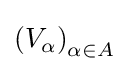
\left(V_{\alpha }\right)_{\alpha \in A}